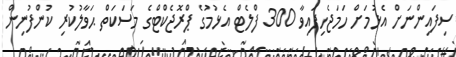
ސިފައިންނަށް އެޅުމަށް ހަމަޖެހިފައިވާ 300 ފްލެޓް އެޅުމުގެ ޕްރޮޖެކްޓްގެ މަސަކަތް ޙަވާލުކުރި ކުންފުނިން